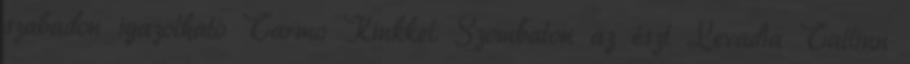
szabadon igazolható Tarmo Kinkkel. Szombaton az észt Levadia Tallinn